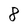
Character: 8